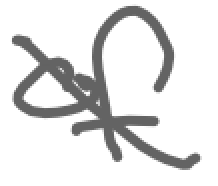
Text: of
Cross-out: diagonal
Writing tool: digital_gray